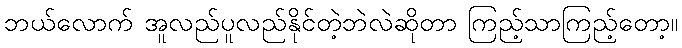
ဘယ်လောက် အူလည်ပူလည်နိုင်တဲ့ဘဲလဲဆိုတာ ကြည့်သာကြည့်တော့။